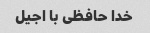
خدا حافظی با اجیل